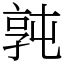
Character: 㝄